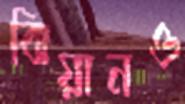
ঝিয়ানও